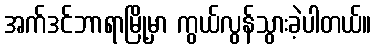
အက်ဒင်ဘာရာမြို့မှာ ကွယ်လွန်သွားခဲ့ပါတယ်။